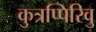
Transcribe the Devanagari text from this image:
कुत्रप्पिरिवु